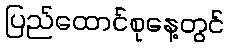
ပြည်ထောင်စုနေ့တွင်